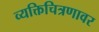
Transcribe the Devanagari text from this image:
व्यक्तिचित्रणावर